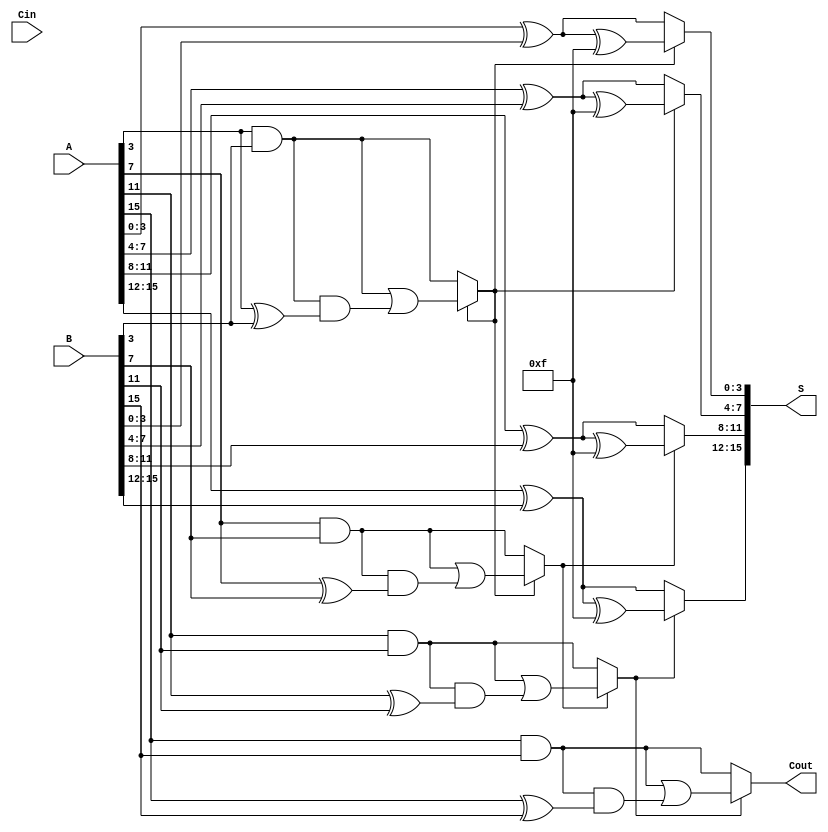
module HybridCarrySelectAdder #(
    parameter N = 16,          // Total bit width
    parameter BLOCK_SIZE = 4   // Size of each block
)(
    input  [N-1:0] A,         // First input
    input  [N-1:0] B,         // Second input
    input  Cin,               // Carry-in
    output [N-1:0] S,         // Sum output
    output Cout               // Carry-out
);

    localparam NUM_BLOCKS = N / BLOCK_SIZE;

    // Intermediate signals for each block
    wire [BLOCK_SIZE-1:0] S0 [0:NUM_BLOCKS-1]; // Sums for Cin = 0
    wire [BLOCK_SIZE-1:0] S1 [0:NUM_BLOCKS-1]; // Sums for Cin = 1
    wire C0 [0:NUM_BLOCKS-1];                   // Carry-out for Cin = 0
    wire C1 [0:NUM_BLOCKS-1];                   // Carry-out for Cin = 1
    wire Cprev [0:NUM_BLOCKS-1];                // Previous carry-out

    // Generate blocks
    genvar i;
    generate
        for (i = 0; i < NUM_BLOCKS; i = i + 1) begin : block
            wire [BLOCK_SIZE-1:0] A_block = A[BLOCK_SIZE*i +: BLOCK_SIZE];
            wire [BLOCK_SIZE-1:0] B_block = B[BLOCK_SIZE*i +: BLOCK_SIZE];

            // Compute S0 and C0 for Cin = 0
            assign S0[i] = A_block ^ B_block;
            assign C0[i] = A_block[BLOCK_SIZE-1] & B_block[BLOCK_SIZE-1];

            // Compute S1 and C1 for Cin = 1
            assign S1[i] = A_block ^ B_block ^ {BLOCK_SIZE{1'b1}};
            assign C1[i] = (A_block[BLOCK_SIZE-1] & B_block[BLOCK_SIZE-1]) | (C0[i] & (A_block[BLOCK_SIZE-1] ^ B_block[BLOCK_SIZE-1]));
        end
    endgenerate

    // Carry select logic
    assign Cprev[0] = Cin; // First block uses Cin directly

    generate
        for (i = 0; i < NUM_BLOCKS; i = i + 1) begin : carry_select
            wire [BLOCK_SIZE-1:0] selected_sum;
            wire selected_cout;

            if (i == 0) begin
                // For the first block, select based on Cin
                assign selected_sum = (Cprev[i] == 1'b0) ? S0[i] : S1[i];
                assign selected_cout = (Cprev[i] == 1'b0) ? C0[i] : C1[i];
            end else begin
                // For subsequent blocks, select based on previous carry
                assign selected_sum = (Cprev[i-1] == 1'b0) ? S0[i] : S1[i];
                assign selected_cout = (Cprev[i-1] == 1'b0) ? C0[i] : C1[i];
            end

            // Assign selected sum to the output
            assign S[BLOCK_SIZE*i +: BLOCK_SIZE] = selected_sum;

            // Carry-out for the next block
            assign Cprev[i] = selected_cout;
        end
    endgenerate

    // Final carry-out
    assign Cout = Cprev[NUM_BLOCKS-1];

endmodule